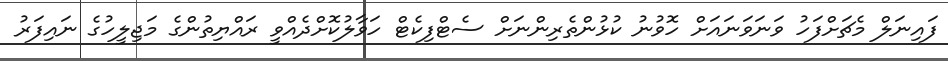
ފައިނަލް މެޗަށްފަހު ވަނަވަނައަށް ހޮވުނު ކުޅުންތެރިންނަށް ސެޓްފިކެޓް ހަވާލުކޮށްދެއްވީ ރައްޔިތުންގެ މަޖިލީހުގެ ނައިފަރު